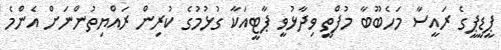
ޕީޑީޕީގެ ރައީސާ މަހެބޫބާ މުފްތީ ވިދާޅުވީ ޕާޓީއަކާ ގުޅުމުގެ ކުރިން ރައްޔިތުންނަށް އެންމެ